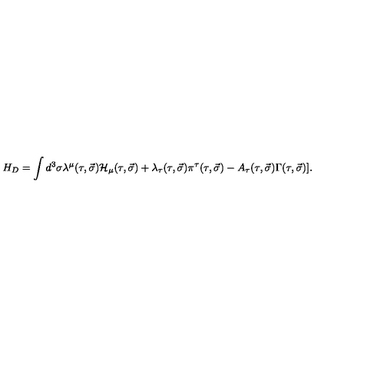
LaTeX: H _ { D } = \int d ^ { 3 } \sigma \lambda ^ { \mu } ( \tau , \vec { \sigma } ) { \cal H } _ { \mu } ( \tau , \vec { \sigma } ) + \lambda _ { \tau } ( \tau , \vec { \sigma } ) \pi ^ { \tau } ( \tau , \vec { \sigma } ) - A _ { \tau } ( \tau , \vec { \sigma } ) \Gamma ( \tau , \vec { \sigma } ) ] .